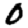
Digit: 0